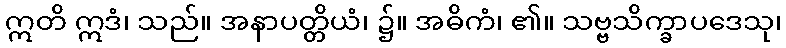
ဣတိ ဣဒံ၊ သည်။ အနာပတ္တိယံ၊ ၌။ အဓိကံ၊ ၏။ သဗ္ဗသိက္ခာပဒေသု၊